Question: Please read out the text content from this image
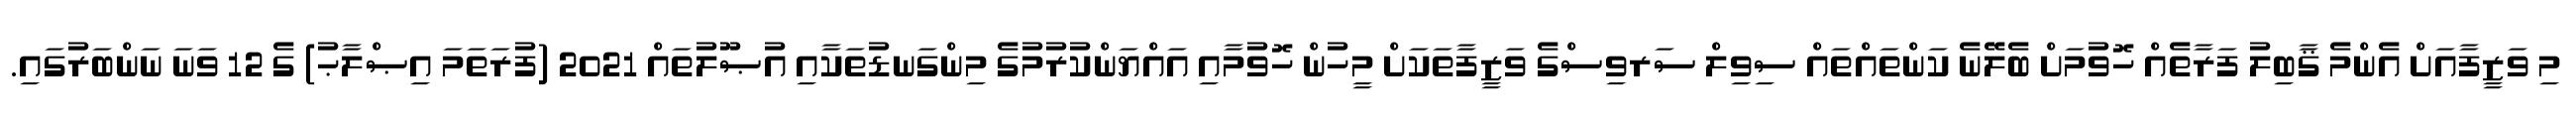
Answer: މި ވަޒީފާއަށް އެންމެ ޤާބިލު ފަރާތެއް ހޮވުމަށް ބެލޭނެ ކަންތައްތައް ސިވިލް ސަރވިސްގެ ވަޒީފާތަކަށް މީހުން ހޮވުމާއި އައްޔަންކުރުމުގެ މިންގަނޑުތަކާއި އުޞޫލުތައް 2021 (ފުރަތަމަ އިޞްލާޙު) ގެ 12 ވަނަ ނަންބަރުގައި.